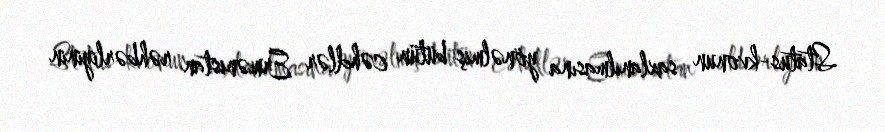
Status-kvonun saxlanılmasına yönəlmiş bütün cəhdlər Ermənistan rəhbərliyinin